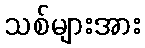
သစ်များအား